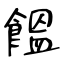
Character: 饂